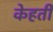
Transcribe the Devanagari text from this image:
केहती